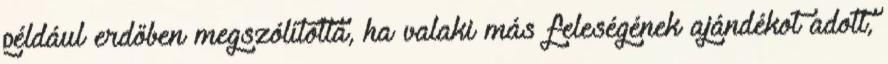
például erdőben megszólította, ha valaki más feleségének ajándékot adott,